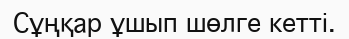
Сұңқар ұшып шөлге кетті.